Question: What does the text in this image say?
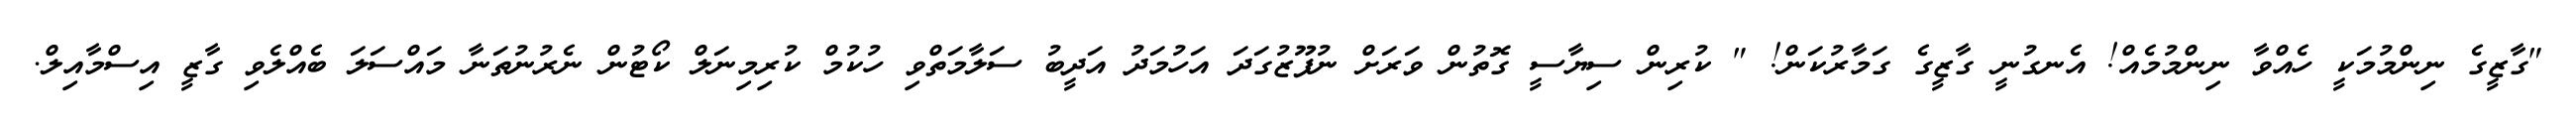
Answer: "ގާޒީގެ ނިންމުމަކީ ހެއްވާ ނިންމުމެއް! އެނގުނީ ގާޒީގެ ގަމާރުކަން! " ކުރިން ސިޔާސީ ގޮތުން ވަރަށް ނުފޫޒުގަދަ އަހުމަދު އަދީބު ސަލާމަތްވި ހުކުމް ކުރިމިނަލް ކޯޓުން ނެރުނުތަނާ މައްސަލަ ބެއްލެވި ގާޒީ އިސްމާއިލް.